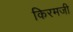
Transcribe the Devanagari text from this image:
किरमजी